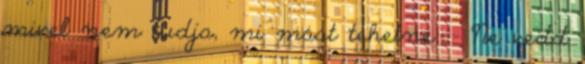
mivel nem tudja, mi mást tehetne. – Ne vedd